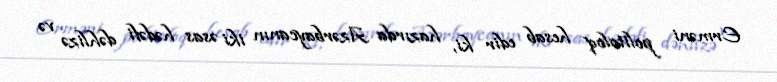
Erməni politoloq hesab edir ki, hazırda Azərbaycanın iki əsas hədəfi dəhlizə və